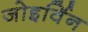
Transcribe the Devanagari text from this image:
जोइर्विन